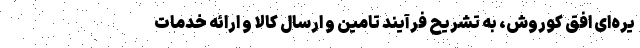
یره­ای افق کوروش، به تشریح فرآیند تامین و ارسال کالا و ارائه خدمات